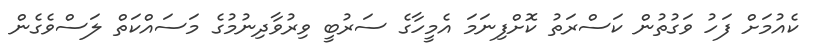
ކެއުމަށް ފަހު ވަގުތުން ކަސްރަތު ކޮށްފިނަމަ އެމީހާގެ ސަރުބީ ވިރުވާދިނުމުގެ މަސައްކަތް ލަސްވެގެން